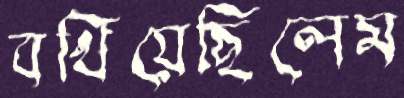
বখিয়েছিলেম